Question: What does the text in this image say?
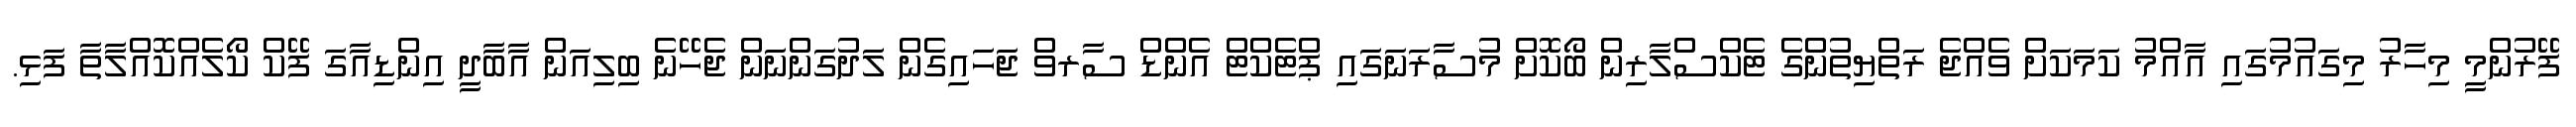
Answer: ފޭރުންމީ މިހާރު މިގައުމުގައި އާއްމު ކަމަކަށް ވެއްޖެ ރަތްޔިތުންގެ ޓެކްސްލާރިން ބޯކޮށް މުސާރަނަގައި ޕްޓެކްޓް އެންޑް ސާރވް ޖަހައިގެން ލަދުގަންނަން ޖެހޭނެ ބިލިއަން އާބާދީ އިންޑިއާގަ ފޭކް ކޯލެއްކޮއްލާތާ ފަޅި.